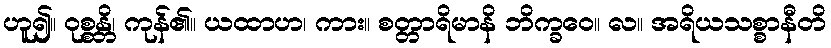
ဟူ၍။ ဝုစ္စန္တိ၊ ကုန်၏။ ယထာဟ၊ ကား။ စတ္တာရိမာနိ ဘိက္ခဝေ။ လ။ အရိယသစ္စာနီတိ